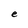
Character: e